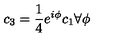
c _ { 3 } = \frac { 1 } { 4 } e ^ { i \phi } c _ { 1 } \forall \phi